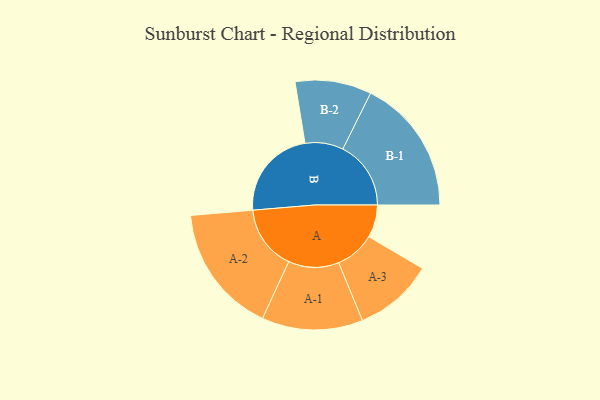
{"axis": {"x": "Segment", "y": "Value"}, "legend": ["", "A", "B"], "data": [{"x": "A", "y": 143, "type": ""}, {"x": "B", "y": 401, "type": ""}, {"x": "A-1", "y": 221, "type": "A"}, {"x": "A-2", "y": 283, "type": "A"}, {"x": "A-3", "y": 174, "type": "A"}, {"x": "B-1", "y": 298, "type": "B"}, {"x": "B-2", "y": 167, "type": "B"}]}